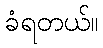
ခံရတယ်။